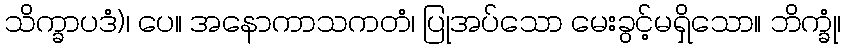
သိက္ခာပဒံ)၊ ပေ။ အနောကာသကတံ၊ ပြုအပ်သော မေးခွင့်မရှိသော။ ဘိက္ခုံ၊